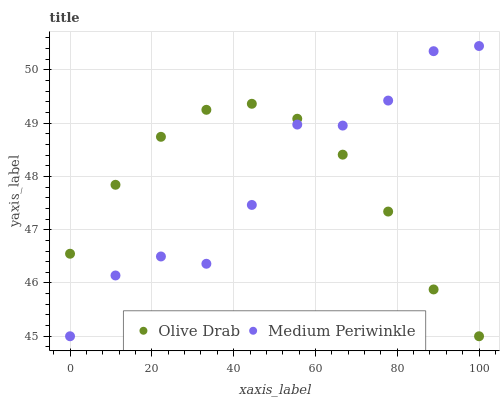
| xaxis_label | Olive Drab | Medium Periwinkle |
 | --- | --- | --- |
 | 0 | 46.5 | 45 |
 | 11.1 | 47.8 | 46.1 |
 | 22.2 | 48.7 | 46.5 |
 | 33.3 | 49.3 | 46.4 |
 | 44.4 | 49.4 | 47.5 |
 | 55.6 | 49.1 | 49 |
 | 66.7 | 48.4 | 49 |
 | 77.8 | 47.3 | 49.4 |
 | 88.9 | 45.9 | 50.4 |
 | 100 | 45 | 50.4 |